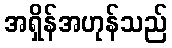
အရှိန်အဟုန်သည်